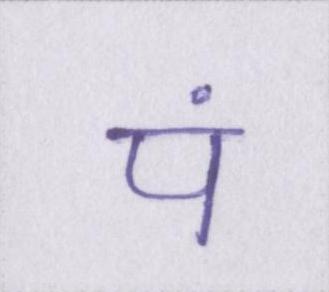
पं